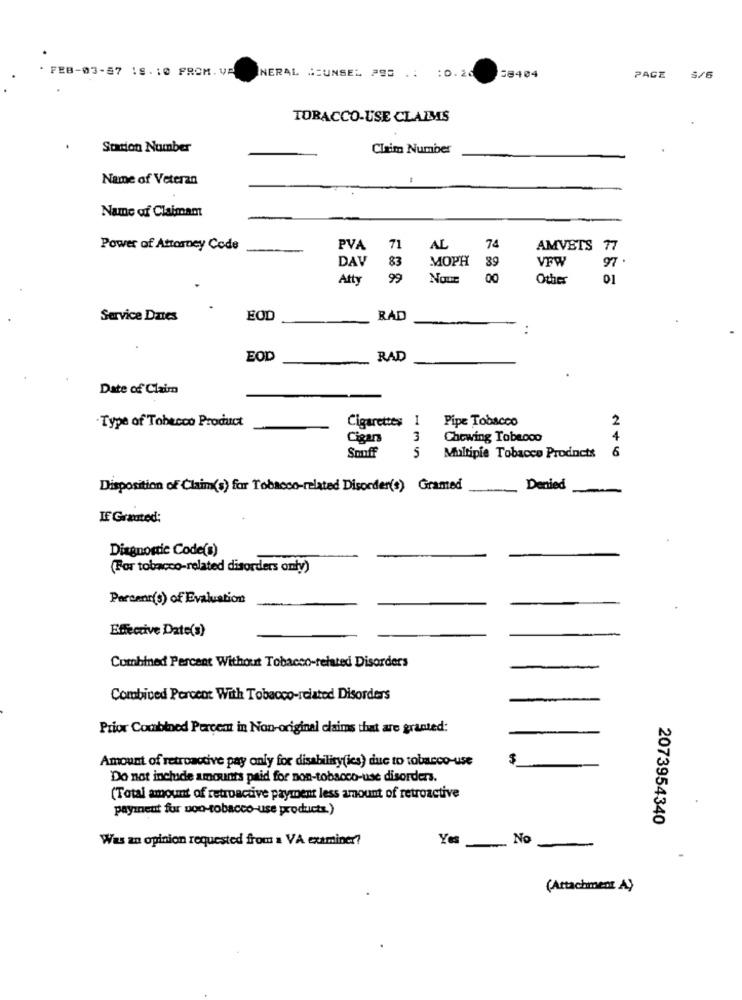
* FEB-03-57 19.10 FROM. VA
NERAL COUNSEL 293 .: : 0.26
58404
PAGE
TOBACCO-USE CLARAS
Station Number
Claim Number
Name of Veteran
Name of Claimam
74
Power of Attorney Code
PVA
71
AL
AMVETS 77
83
MOPH
89
VFW
97.
DAV
Atty
99
00
Other
01
Service Dates
EOD
RAD
..
EOD
RAD
Date of Claim
Pipe Tobacco
2
Type of Tobecco Product
Cigarettes 1
Cigars
3
Chewing Tobeooo
5
6
Souff
Multipie Tobacco Products
Disposition of Claim(s) for Tobacco-related Disorder(s) Granted
Denied
If Granted:
Diagnostic Code(s)
(For tobacco-related disorders only)
Parcenr(s) of Evaluation
Effective Date(s)
Combined Percant Without Tobacco-related Disorders
Combived Percent With Tobacco-related Disorders
Prior Combined Percent in Non-original claims that are granted:
Amount of retroactive pay only for disability(ics) due to tobacco-use
$
Do not include amounts paid for non-tobacco-use disorders.
(Total amount of retroactive payment less amount of retroactive
payment for non-tobacco-use products.)
2073954340
Was an opinion requested from a VA examiner?
Yes
No
(Attachment A)